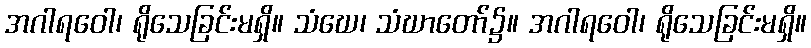
အဂါရဝေါ၊ ရိုသေခြင်းမရှိ။ သံဃေ၊ သံဃာတော်၌။ အဂါရဝေါ၊ ရိုသေခြင်းမရှိ။